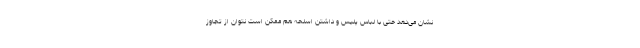
نشان می‌دهد حتی با لباس پلیس و داشتن اسلحه هم ممکن است نتوان از تجاوز